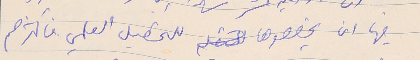
فيها ان يخصصوها للتحصيل العلمي فاكثرهم